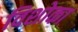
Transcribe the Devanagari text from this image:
विशोका